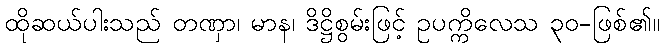
ထိုဆယ်ပါးသည် တဏှာ၊ မာန၊ ဒိဋ္ဌိစွမ်းဖြင့် ဥပက္ကိလေသ ၃၀-ဖြစ်၏။